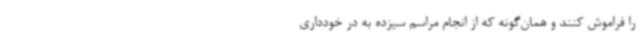
را فراموش کنند و همان‌گونه که از انجام مراسم سیزده به در خودداری